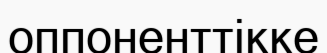
оппоненттікке